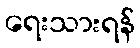
ရေးသားရန်